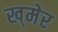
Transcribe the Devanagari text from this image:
ख्‌मेर